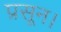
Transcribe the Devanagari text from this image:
प्रसून।